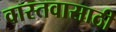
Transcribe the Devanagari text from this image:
वास्तवासाठी